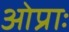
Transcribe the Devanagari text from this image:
ओप्राः